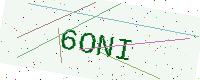
Text: 6ONI